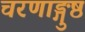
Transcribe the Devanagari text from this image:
चरणाङ्गुष्ठ